Tezpur Lunatic Asylum reports 1877-1894 - 1877-1894
Year: 1877
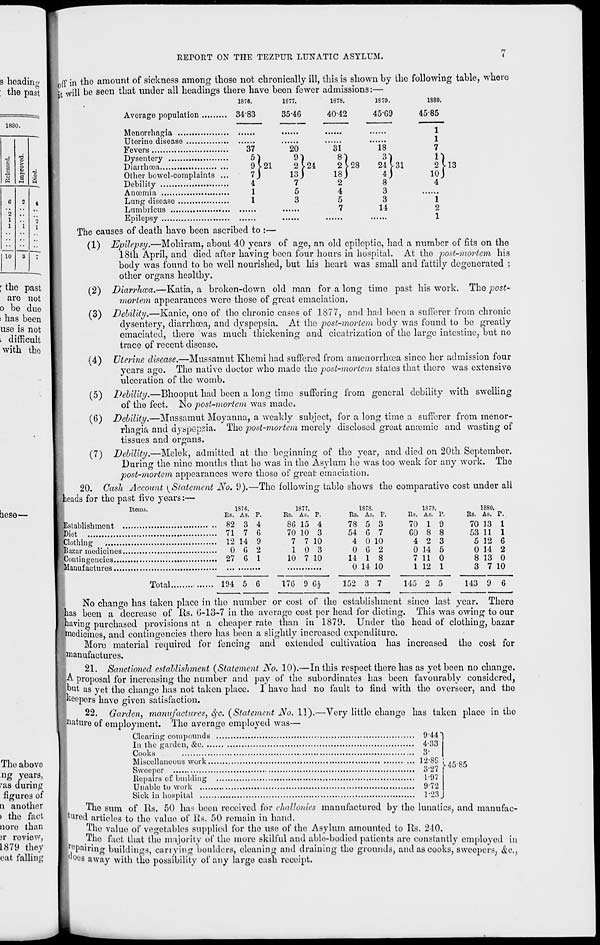
9 heading
the past
1880.
i
i >
i a
•a
5
C
2
1
1
10
2
'i
3
1
2
1
; the past
are not
o bo due
i has been
use is not
i difficult
with the
hese—
The above
ng years,
• r as during
figures of
Q another
> the fact
noro than
)r review,
1879 they
eat falling
REPORT ON THE TEZPUR LUNATIC ASYLUM.
<
i0 ff in tho amount of sickness among thoso not chronically ill, this is shown by the following table, where
it will be seen that under all headings there have been fewer admissions:—
1876.
1877.
1878.
187D.
1880.
Average population
34*83
35-4G
40-42
45-G9
Menorrhagia
Uterine disease
Fevers
37
Dysentery
5'
Diarrhoea
9
Other bowel-complaints ...
7
Debility
4'
Anccmia
1
Lung disease
1
Lumbricus
Epilepsy
The causes of death have been ascribed to :-
20
31
18
7
121
2V24
2V28
24V31
2V13
J
13j
18j
4j
lOj
7
5
3
31
8
2
18
2
1
5
7
18
3'
24
8"
3
3
14
4585
1
1
7
1
2
1
(1) Epilepsy.—Mohiram, about 40 years of age, an old epileptic, had a number of fits on the
18th April, and died after having been four hours in hospital. At the post-mortem his
body was found to be well nourished, but his heart was small and fattily degenerated :
other organs healthy.
(2) Diarrhoea.—Katia, a broken-down old man for a long time past his work. The post-
mortem appearances were those of great emaciation.
(3) Debility.—Kanic, one of tho chronic cases of 1877, and had been a sufferer from chronic
dysentery, diarrhoea, and dyspepsia. At the post-mortem body was found to bo greatly
emaciated, there was much thickening and cicatrization of the large intestine, but no
trace of recent disease.
(4) Uterine disease.—Mussamut Khemi had suffered from amenorrhcea sinco her admission four
years ago. The native doctor who made tho post-mortem states that there was extensive
ulccration of the womb.
(5) Debility.—Bhooput had been a long time suffering from general debility with swelling
of the feet. No post-mortem was made.
(6) Debility.—Mnssamut Moyanna, a weakly subject, for a long time a sufferer from menor-
rhagia and dyspepsia. The posi-moi'tem merely disclosed great amemic and wasting of
tissues and organs.
(7) Debility.—Melek, admitted at the beginning of tho year, and died on 20th September.
During tho nine months that he was in the Asylum he was too weak for any work. The
post-mortem appearances were those of great emaciation.
20. Cash Account {Statement No. 9).—The following table shows the comparative cost under all
theads for the past five years:—
Items.
187(5.
Us. AS. p.
Establishment
82 3 4
Diet
71 7 6
Clothing
12 14 9
Bazar medicines
0 G 2
Contingencies
27 G 1
Manufactures
1877.
Us. As.
8G
70
7
1
10
15
10
7
0
7
p.
4
3
10
3
10
1878.
Its. As,
78 5
54
4
0
14
0
G
0
G
1
14
p.
3
7
10
2
8
10
1S70.
As.
Its.
70 1
GO 8
4 2
0 14
7 11
1 12
p.
9
8
3
5
0
1
1880.
As. P.
Rs.
70 13
53 11
5 12
0 14
8 13
3 7
1
1
6
2
0
10
Total.
194 5 6
17G 9 Gh
3 7
145 2 5
143 9 6
No chango has taken place in the number or cost of the establishment since last year. There
has been a decrease of Rs. G-13-7 in tho average cost per head for dieting. This was owing to our
having purchased provisions at a cheaper rato than in 1879. Under the head of clothing, bazar
medicines, and contingencies thero has been a slightly increased expenditure.
More material required for fencing and oxtended cultivation has increased the cost for
; manufactures.
21. Sanctioried establishment (Statement No. 10).—In this respect there has as yet been no change.
A proposal for increasing tho number and pay of the subordinates has been favourably considered,
but us yet the change has not taken place. I have had no fault to find with tho overseer, and the
^keepers have given satisfaction.
22. Garden, manufactures, eye. (Statement No. 11).—Very little change has taken place in tho
atu.ro of employment. Tho averago employed was—
Clearing compounds
944*
In the garden, &0
4-33
Cooks
3-
Miscellaneous work
12 - 8S ■
Sweeper
327 f
Repairs of budding
197
Unable to work
972
Sick in hospital
1-23
The sum of Rs. 50 has been received for challonies manufactured by tho lunatics, and manufac-
tured articles to tho value of Rs. 50 remain in hand.
fhe value of vegetables supplied for tho use of the Asylum amounted to Rs. 210.
The fact that tho majority of the more skilful and able-bodied patients are constantly employed in
re pairing buildings, carrying boulders, cleaning and draining tho grounds, and as cooks, sweepers, &e.,
(°< J8 away with tho possibility of any lariio cash receipt.